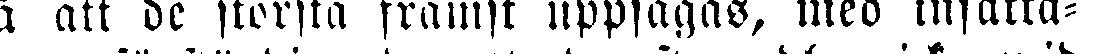
så att de största främst uppsägas, med insätta-